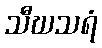
သီဃသရံ